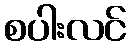
စပါးလင်